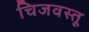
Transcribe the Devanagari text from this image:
चिजवस्तू